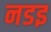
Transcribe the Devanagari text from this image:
नडइ